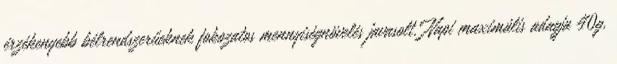
érzékenyebb bélrendszerűeknek fokozatos mennyiségnövelés javasolt. Napi maximális adagja 40g,